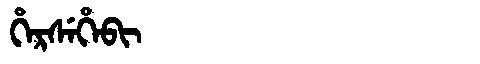
Manchu: ᡥᡝᡵᠰᡝᡥᡝᠪᡳ
Romanization: HERSEHEBI